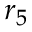
r _ { 5 }